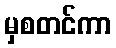
မှစတင်ကာ